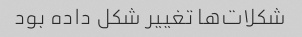
شکلات‌ها تغییر شکل داده بود